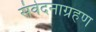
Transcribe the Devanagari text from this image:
संवेदनाग्रहण